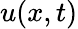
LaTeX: u(x,t)